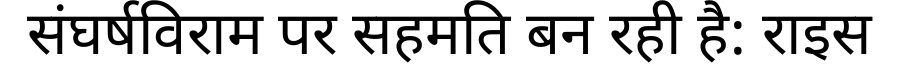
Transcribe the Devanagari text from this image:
संघर्षविराम पर सहमति बन रही है: राइस